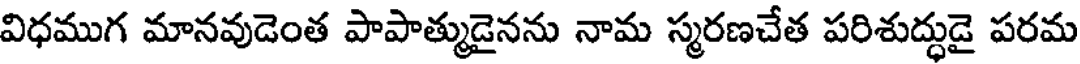
విధముగ మానవుడెంత పాపాత్ముడైనను నామ స్మరణచేత పరిశుద్ధుడై పరమ